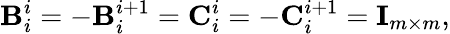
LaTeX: \mathbf{B}_{i}^{i}=-\mathbf{B}_{i}^{i+1}=\mathbf{C}_{i}^{i}=-\mathbf{C}_{i}^{i+1}=\mathbf{I}_{m\times m},